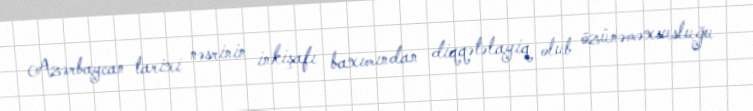
Azərbaycan tarixi nəsrinin inkişafı baxımından diqqətəlayiq olub özünəməxsusluğu